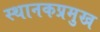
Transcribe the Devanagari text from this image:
स्थानकप्रमुख